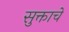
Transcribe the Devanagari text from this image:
सुक्ताचे